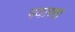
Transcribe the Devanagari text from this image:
पयारस